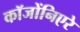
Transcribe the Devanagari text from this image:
कॉजोंनिएरे